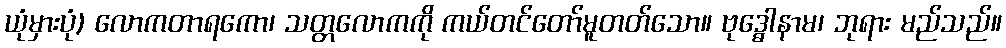
ယုံမှားပုံ) လောကတာရကော၊ သတ္တလောကကို ကယ်တင်တော်မူတတ်သော။ ဗုဒ္ဓေါနာမ၊ ဘုရား မည်သည်။